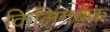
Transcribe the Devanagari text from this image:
किलिंगबेक